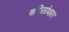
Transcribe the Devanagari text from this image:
चरित्रग्रंथावर